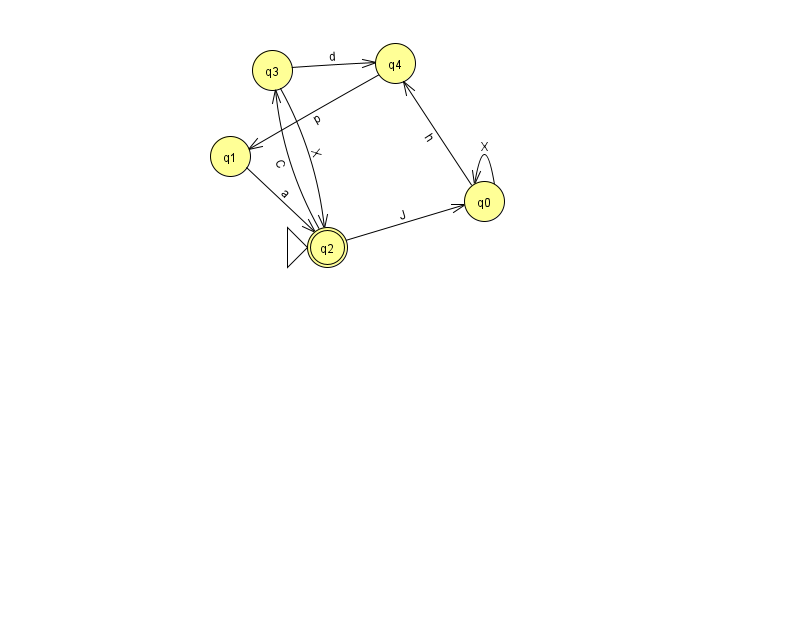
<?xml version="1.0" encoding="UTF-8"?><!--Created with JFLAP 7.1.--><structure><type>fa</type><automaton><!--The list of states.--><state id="0" name="q0"><x>484.0</x><y>188.0</y></state><state id="1" name="q1"><x>230.0</x><y>143.0</y></state><state id="2" name="q2"><x>327.0</x><y>234.0</y><initial/><final/></state><state id="3" name="q3"><x>272.0</x><y>57.0</y></state><state id="4" name="q4"><x>395.0</x><y>50.0</y></state><!--The list of transitions.--><transition><from>4</from><to>1</to><read>p</read></transition><transition><from>1</from><to>2</to><read>a</read></transition><transition><from>3</from><to>2</to><read>X</read></transition><transition><from>0</from><to>4</to><read>h</read></transition><transition><from>2</from><to>0</to><read>J</read></transition><transition><from>0</from><to>0</to><read>X</read></transition><transition><from>2</from><to>3</to><read>C</read></transition><transition><from>3</from><to>4</to><read>d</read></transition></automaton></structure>